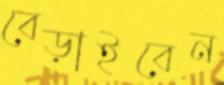
বেড়াইবেন